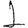
Digit: 1